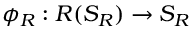
\phi _ { R } : R ( S _ { R } ) \rightarrow S _ { R }